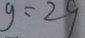
g = 2 9